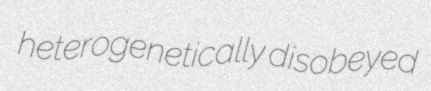
heterogenetically disobeyed